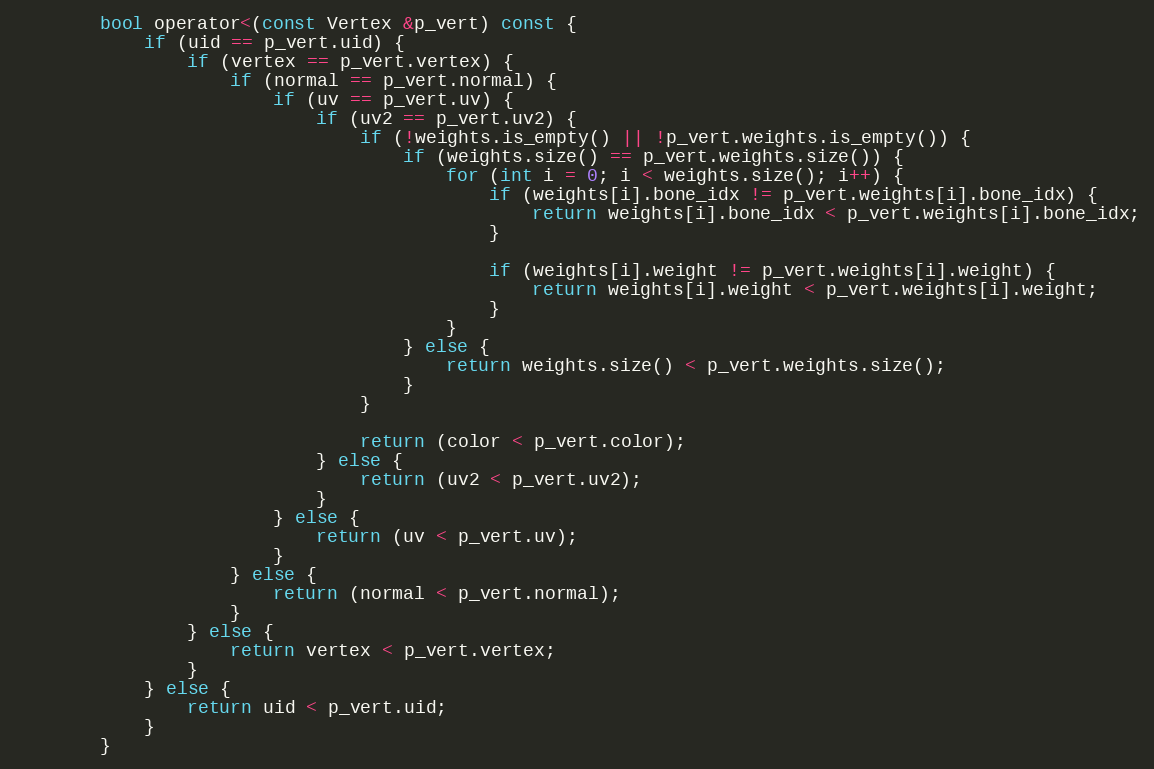
Language: C
		bool operator<(const Vertex &p_vert) const {
			if (uid == p_vert.uid) {
				if (vertex == p_vert.vertex) {
					if (normal == p_vert.normal) {
						if (uv == p_vert.uv) {
							if (uv2 == p_vert.uv2) {
								if (!weights.is_empty() || !p_vert.weights.is_empty()) {
									if (weights.size() == p_vert.weights.size()) {
										for (int i = 0; i < weights.size(); i++) {
											if (weights[i].bone_idx != p_vert.weights[i].bone_idx) {
												return weights[i].bone_idx < p_vert.weights[i].bone_idx;
											}

											if (weights[i].weight != p_vert.weights[i].weight) {
												return weights[i].weight < p_vert.weights[i].weight;
											}
										}
									} else {
										return weights.size() < p_vert.weights.size();
									}
								}

								return (color < p_vert.color);
							} else {
								return (uv2 < p_vert.uv2);
							}
						} else {
							return (uv < p_vert.uv);
						}
					} else {
						return (normal < p_vert.normal);
					}
				} else {
					return vertex < p_vert.vertex;
				}
			} else {
				return uid < p_vert.uid;
			}
		}